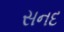
સનદ